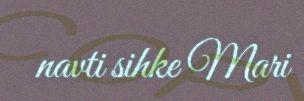
navti sihke Mari